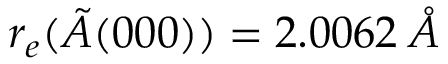
r _ { e } ( \tilde { A } ( 0 0 0 ) ) = 2 . 0 0 6 2 \: \mathring { A }